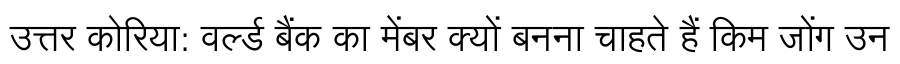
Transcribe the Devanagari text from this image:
उत्तर कोरिया: वर्ल्ड बैंक का मेंबर क्यों बनना चाहते हैं किम जोंग उन